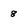
Character: 8